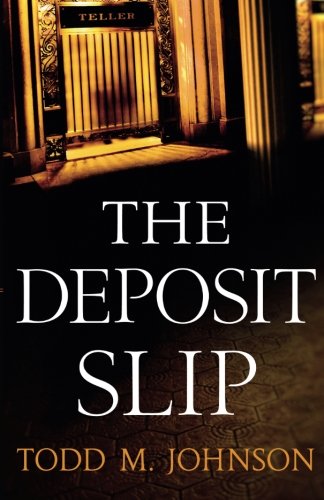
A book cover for The Deposit Slip; Todd M. Johnson; Religion & Spirituality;